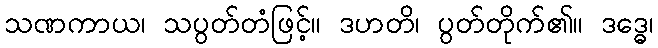
သဏကာယ၊ သပွတ်တံဖြင့်။ ဒဟတိ၊ ပွတ်တိုက်၏။ ဒဒ္ဓေ၊